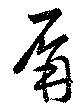
屏